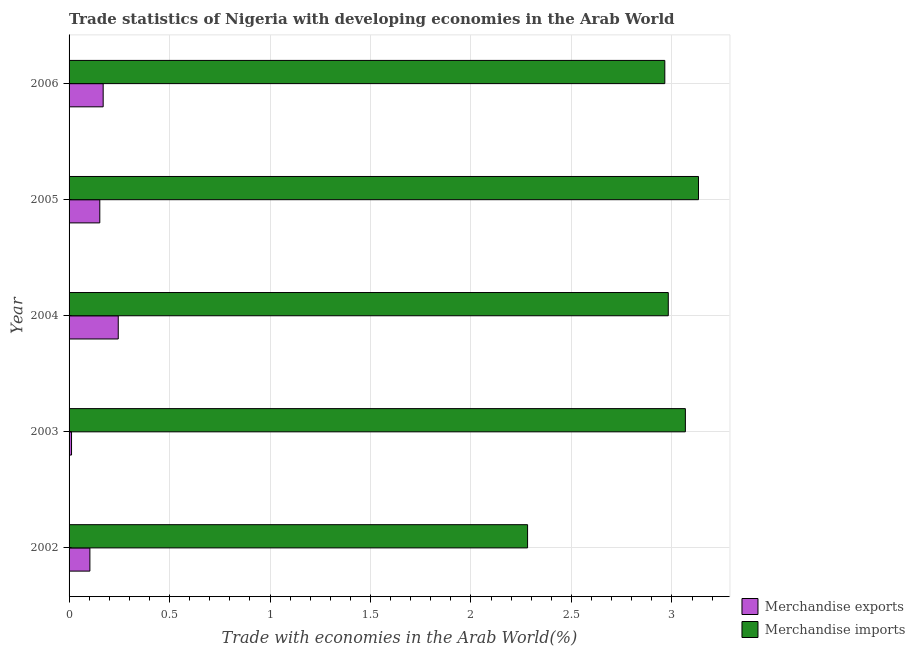
| Year | Merchandise exports | Merchandise imports |
 | --- | --- | --- |
 | 2002 | 0.104 | 2.28 |
 | 2003 | 0.0122 | 3.07 |
 | 2004 | 0.245 | 2.98 |
 | 2005 | 0.153 | 3.13 |
 | 2006 | 0.17 | 2.96 |